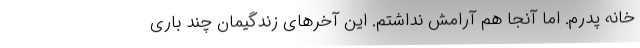
خانه پدرم. اما آنجا هم آرامش نداشتم. این آخرهای زندگیمان چند باری